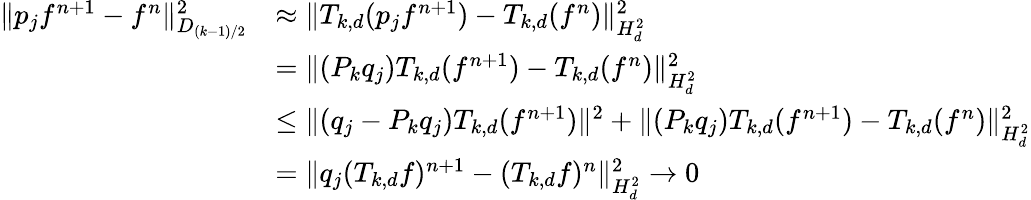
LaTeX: \begin{array}{rl}{\| p_{j}f^{n+1}-f^{n}\| _{D_{(k-1)/2}}^{2}}&{\approx\| T_{k,d}(p_{j}f^{n+1})-T_{k,d}(f^{n})\| _{H_{d}^{2}}^{2}}\\ &{=\| (P_{k}q_{j})T_{k,d}(f^{n+1})-T_{k,d}(f^{n})\| _{H_{d}^{2}}^{2}}\\ &{\le\| (q_{j}-P_{k}q_{j})T_{k,d}(f^{n+1})\| ^{2}+\| (P_{k}q_{j})T_{k,d}(f^{n+1})-T_{k,d}(f^{n})\| _{H_{d}^{2}}^{2}}\\ &{=\| q_{j}(T_{k,d}f)^{n+1}-(T_{k,d}f)^{n}\| _{H_{d}^{2}}^{2}\to 0}\end{array}